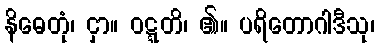
နိဓေတုံ၊ ငှာ။ ဝဋ္ဋတိ၊ ၏။ ပရိတောဂါဒီသု၊